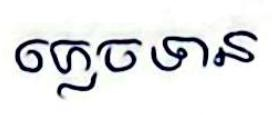
ភ្លេចទាន